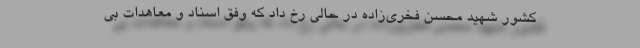
کشور شهید محسن فخری‌زاده در حالی رخ داد که وفق اسناد و معاهدات بی